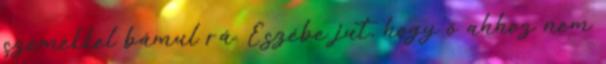
szemekkel bámul rá. Eszébe jut, hogy ő ahhoz nem